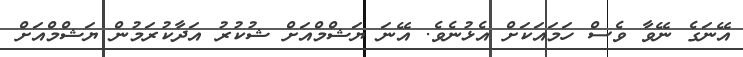
އޭނަގެ ނޭވާ ވެސް ހަމައަކަށް އެޅުނެވެ. އޭނަ ޔަޝްމްއަށް ޝުކުރު އަދާކުރަމުން ޔަޝްމްއަށް